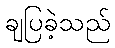
ချပြခဲ့သည်